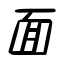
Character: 面